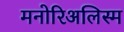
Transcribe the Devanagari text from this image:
मनोरिअलिस्म